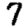
Digit: 7